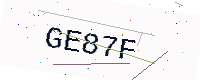
Text: GE87F